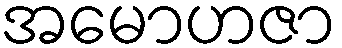
အမောဟဇာ